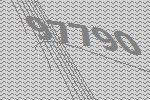
97790